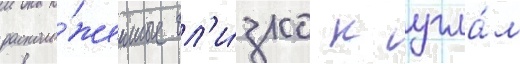
располо́женные бл'и́зко к угла́м